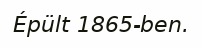
Épült 1865-ben.